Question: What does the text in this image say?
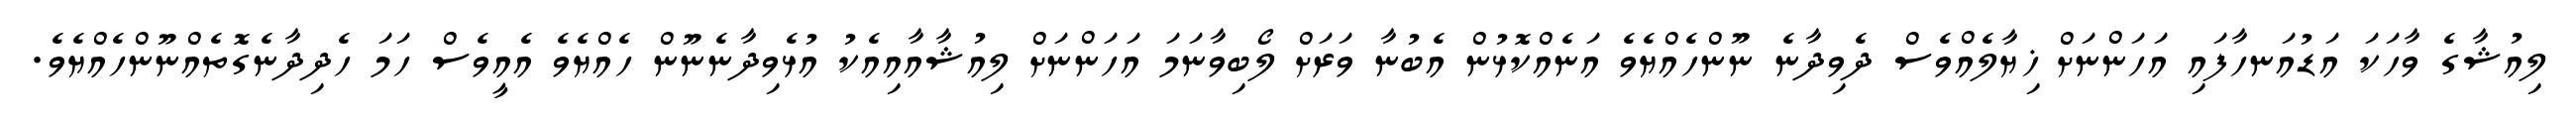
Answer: ލިއުޝާގެ ވާހަކަ އަޑުއަނހާފައި އަހަންނަށް ޚިޔާލެއްވެސް ދެވިދާނެ ނޫންހެއްޔެވެ އަނެއްކޮޅުން އެބުނާ ވަރަށް ލޯބިވާނަމަ އަހަންނަށް ލިއުޝާއާއިއެކު އުޅެވިދާނެނޫން ހެއްޔެވެ އެއީވެސް ހަމަ ހެދިދާނެގޮތެއްނޫންހެއްޔެވެ.